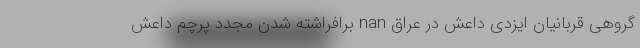
گروهی قربانیان ایزدی داعش در عراق nan برافراشته شدن مجدد پرچم داعش